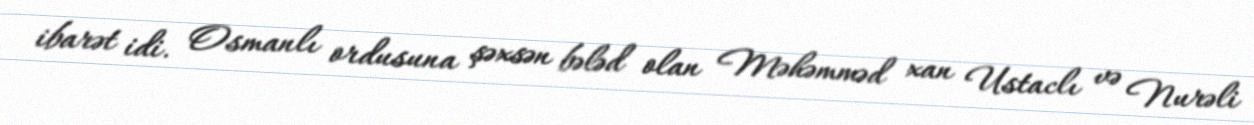
ibarət idi. Osmanlı ordusuna şəxsən bələd olan Məhəmməd xan Ustaclı və Nurəli